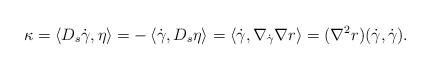
\begin{align*}\kappa = \left \langle D_s \dot{\gamma}, \eta \right\rangle = - \left \langle \dot{\gamma}, D_s \eta\right \rangle = \left \langle \dot{\gamma} , \nabla_{\dot{\gamma}} \nabla r\right\rangle=( \nabla^2 r) ( \dot{\gamma}, \dot{\gamma}).\end{align*}